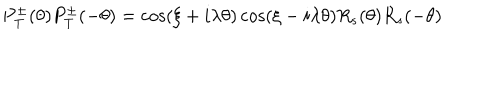
LaTeX: P _ { \mathrm { T } } ^ { \pm } ( \theta ) P _ { \mathrm { T } } ^ { \pm } ( - \theta ) = \cos ( \xi + i \lambda \theta ) \cos ( \xi - i \lambda \theta ) R _ { s } ( \theta ) R _ { s } ( - \theta )